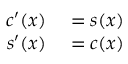
\begin{array} { r l } { c ^ { \prime } ( x ) } & { { } = s ( x ) } \\ { s ^ { \prime } ( x ) } & { { } = c ( x ) } \end{array}